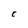
Character: C